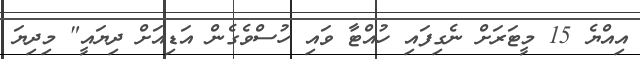
އިއްޔެ 15 މީޓަރަށް ނެގިފައި ހުއްޓާ ވައި ހުސްވެގެން އަޑިއަށް ދިޔައީ" މިދިޔަ